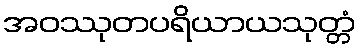
အဝဿုတပရိယာယသုတ္တံ